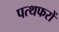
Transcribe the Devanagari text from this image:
पत्थफरों